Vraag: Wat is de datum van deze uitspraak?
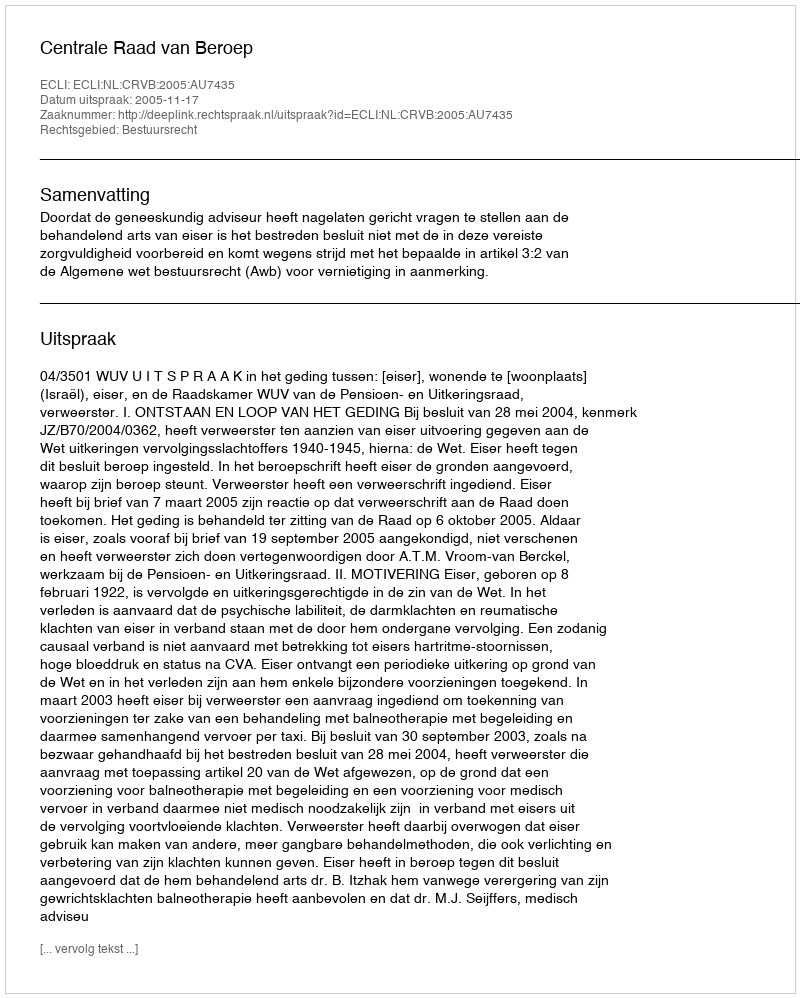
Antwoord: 2005-11-17